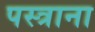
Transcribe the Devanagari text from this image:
पस्त्राना